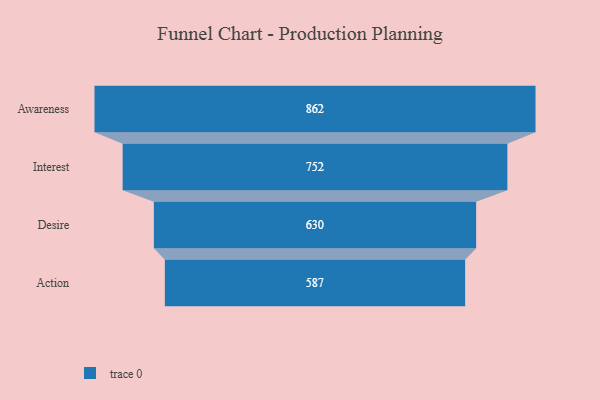
{"axis": {"x": "Stage", "y": "Value"}, "legend": [""], "data": [{"x": "Awareness", "y": 862.0, "type": ""}, {"x": "Interest", "y": 752.0, "type": ""}, {"x": "Desire", "y": 630.0, "type": ""}, {"x": "Action", "y": 587.0, "type": ""}]}